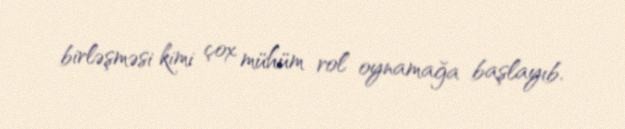
birləşməsi kimi çox mühüm rol oynamağa başlayıb.